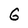
Character: G